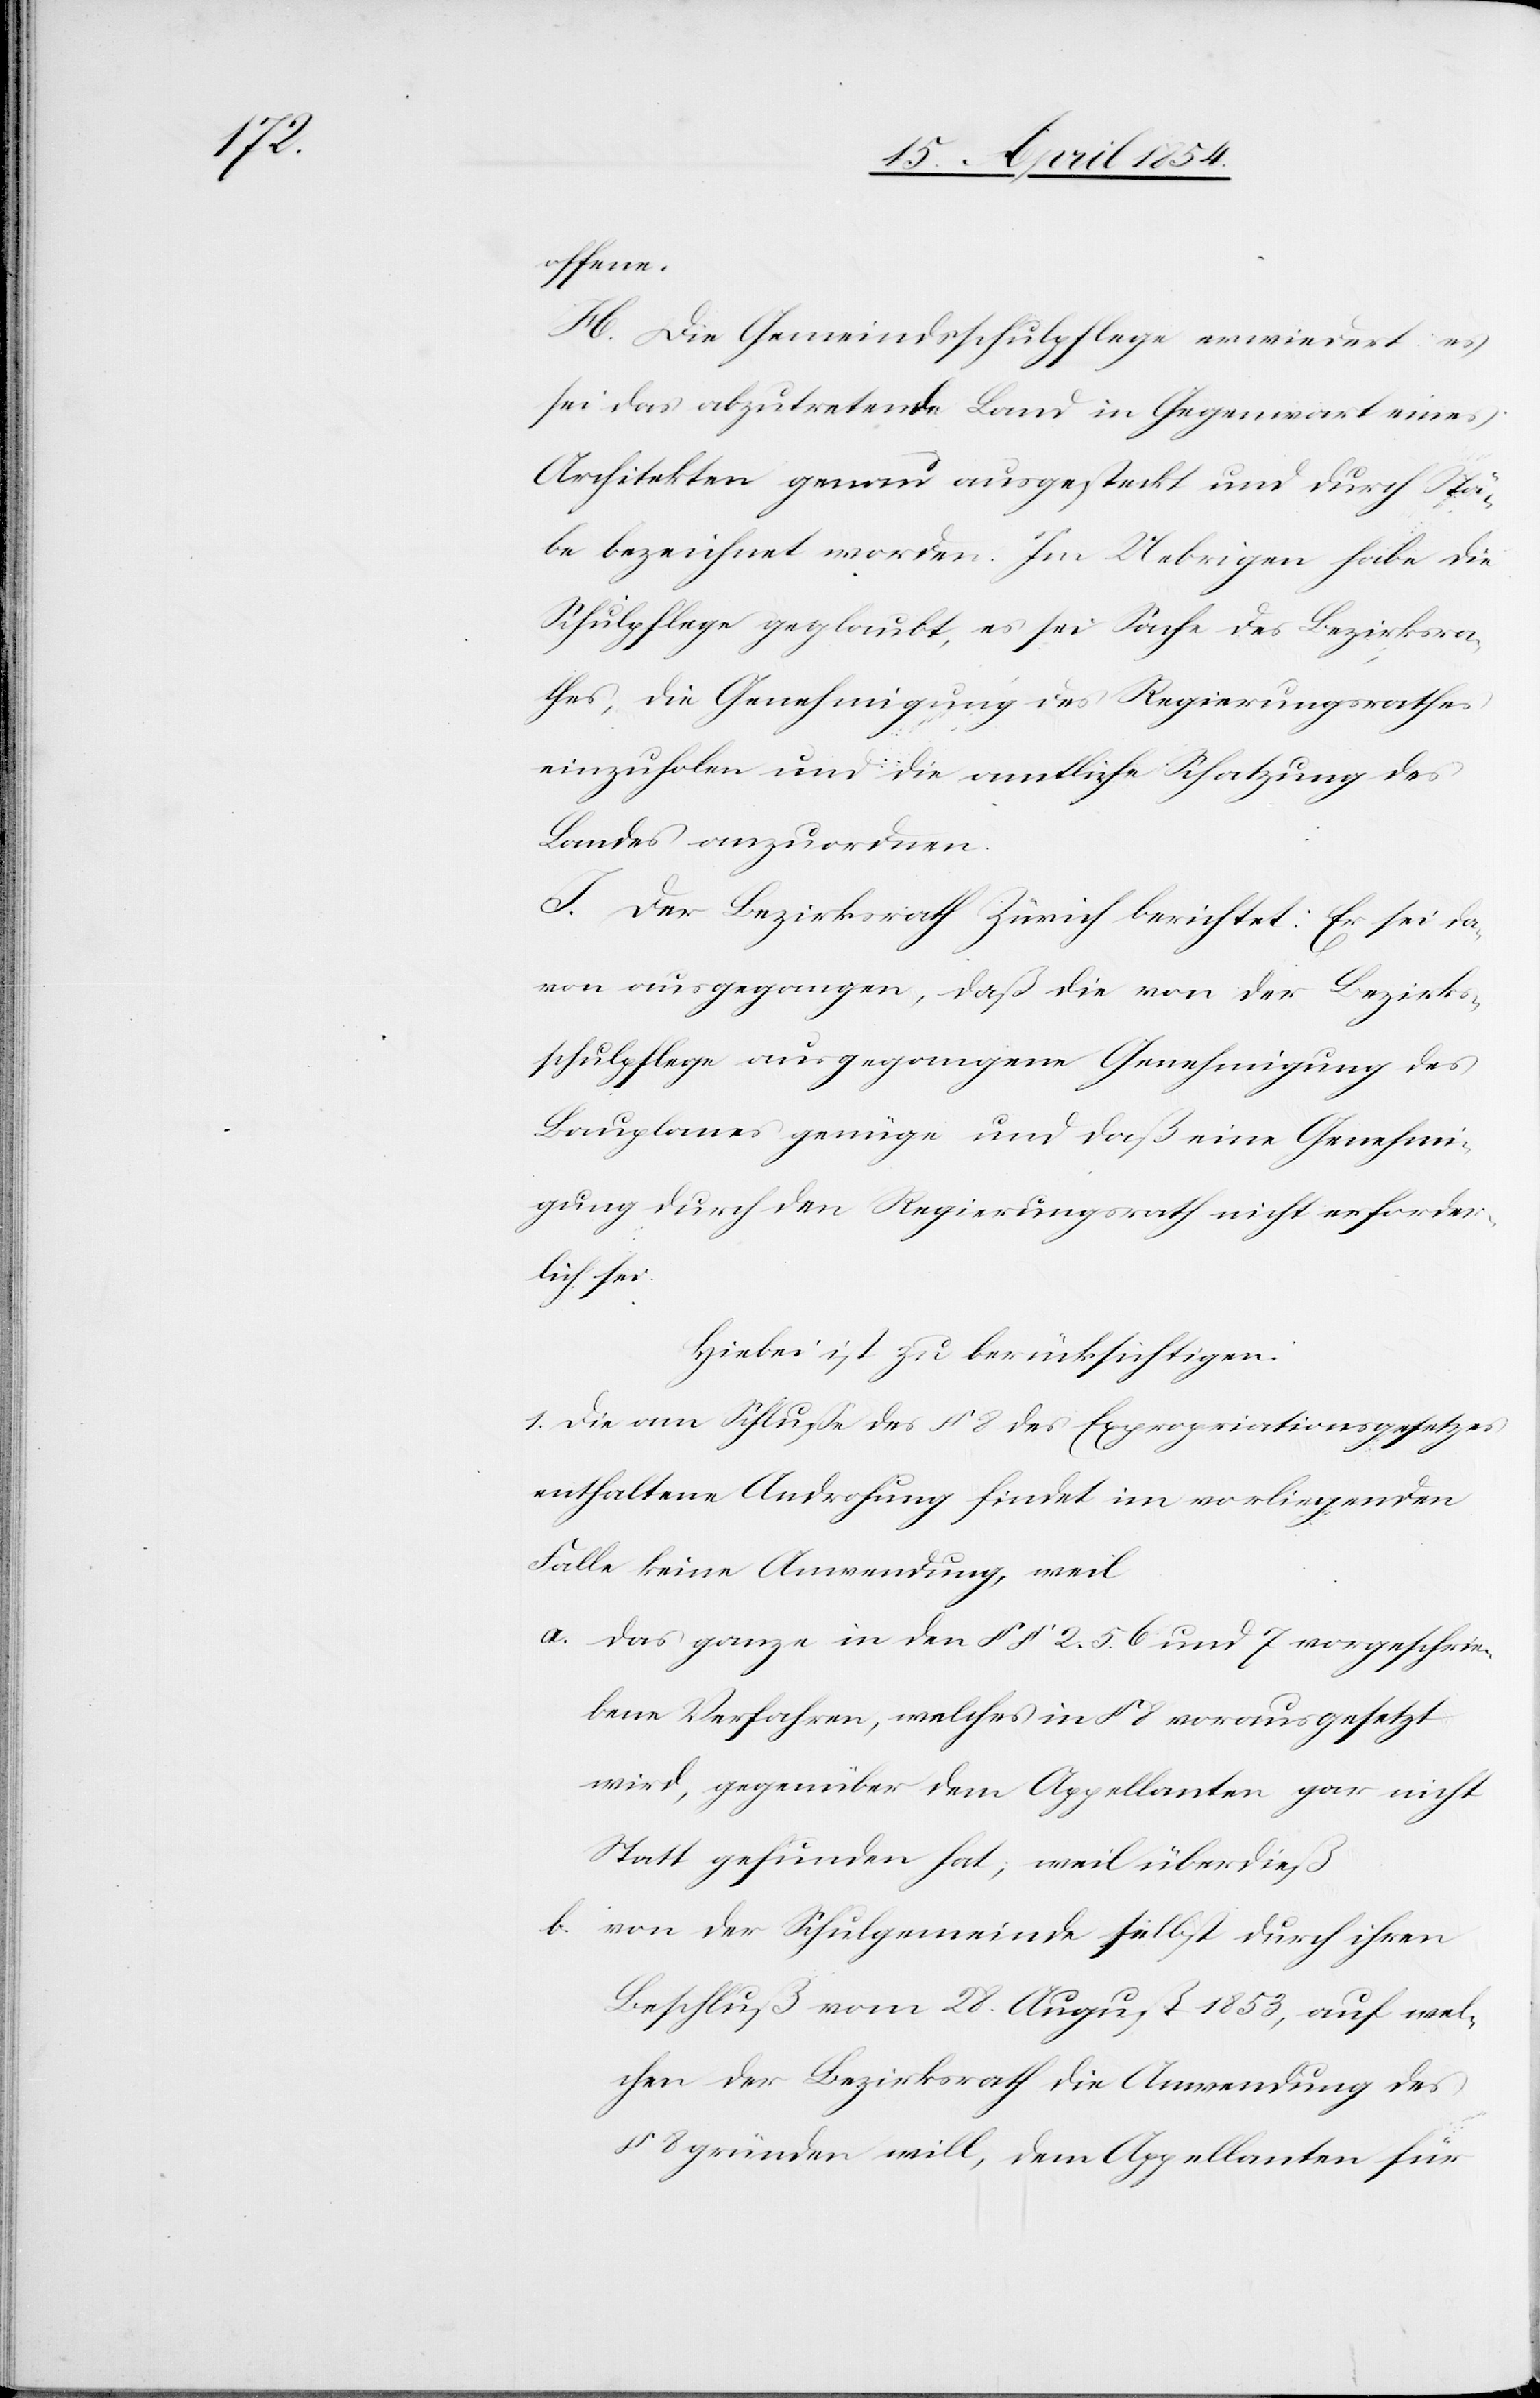
offene.
H. Die Gemeindsschulpflege erwiedert es
sei das abzutretende Land in Gegenwart eines
Architekten genau ausgesteckt und durch Stä¬
be bezeichnet worden. Im Uebrigen habe die
Schulpflege geglaubt, es sei Sache des Bezirksra¬
thes, die Genehmigung des Regierungsrathes
einzuholen und die amtliche Schatzung des
Landes anzuordnen.
I. Der Bezirksrath Zürich berichtet: Er sei da¬
von ausgegangen, daß die von der Bezirks¬
schulpflege ausgegangene Genehmigung des
Bauplanes genüge und daß eine Genehmi¬
gung durch den Regierungsrath nicht erforder¬
lich sei.
Hiebei ist zu berücksichtigen:
1. Die am Schluße des § 8 des Expropriationsgesetzes
enthaltene Androhung findet im vorliegenden
Falle keine Anwendung, weil
a. das ganze in den § § 2. 5. 6 und 7 vorgeschrie¬
bene Verfahren, welchen in § 8 vorausgesetzt
wird, gegenüber dem Appellanten gar nicht
Statt gefunden hat; weil überdieß
b. von der Schulgemeinde selbst durch ihren
Beschluß vom 28. August 1853, auf wel¬
chen der Bezirksrath die Anwendung des
§ 8 gründen will, dem Appellanten für